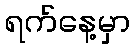
ရက်နေ့မှာ